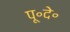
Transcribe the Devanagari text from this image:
पू॰दे॰